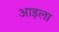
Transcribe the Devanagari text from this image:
आइला